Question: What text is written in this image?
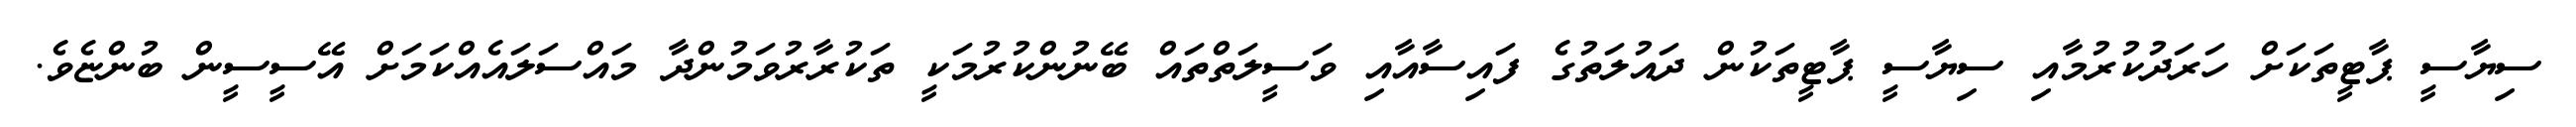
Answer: ސިޔާސީ ޕާޓީތަކަށް ހަރަދުކުރުމާއި ސިޔާސީ ޕާޓީތަކުން ދައުލަތުގެ ފައިސާއާއި ވަސީލަތްތައް ބޭނުންކުރުމަކީ ތަކުރާރުވަމުންދާ މައްސަލައެއްކަމަށް އޭސީސީން ބުންޏެވެ.